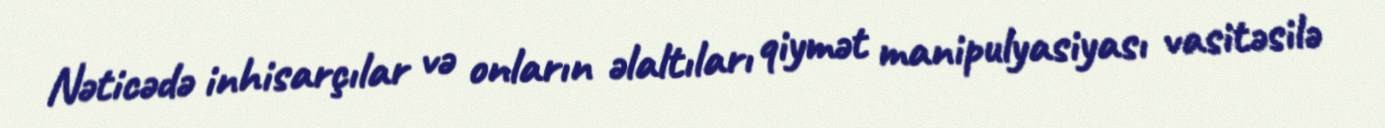
Nəticədə inhisarçılar və onların əlaltıları qiymət manipulyasiyası vasitəsilə